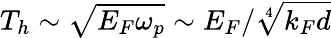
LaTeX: T_{h}\sim\sqrt{E_{F}\omega_{p}}\sim E_{F}/\sqrt[4]{k_{F}d}